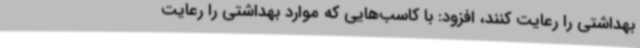
بهداشتی را رعایت کنند، افزود: با کاسب‌هایی که موارد بهداشتی را رعایت